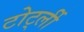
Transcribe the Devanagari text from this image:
टोर्ट्ली